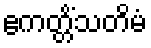
ဧကတ္တိံသတိမံ